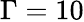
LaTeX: \Gamma=10